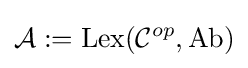
{\mathcal {A}}:=\operatorname {Lex} ({\mathcal {C}}^{op},\mathrm {Ab} )